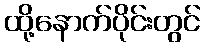
ထို့နောက်ပိုင်းတွင်